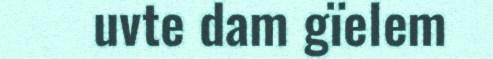
uvte dam gïelem